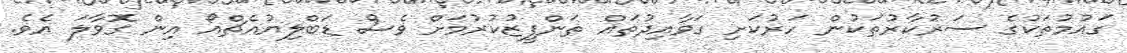
ގައުމުތަކުގެ ސަރުކާރުތަކުން ހަރުކަށި ގަވާއިދުތައް ތަންފީޒުކުރުމަށް ވެސް ޑަބްލިޔުއެޗްއޯ އިން ގޮވާލަ އެވެ.